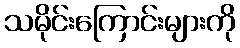
သမိုင်းကြောင်းများကို